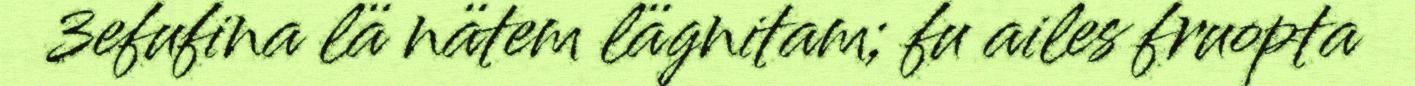
3efufina lä nätem lägnitam; fu ailes fruopta